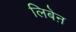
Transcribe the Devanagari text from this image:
लिबेऩ